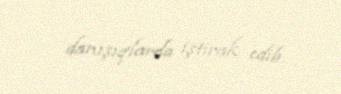
danışıqlarda iştirak edib.